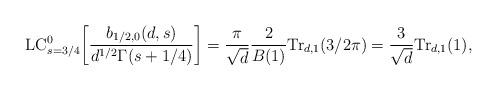
LaTeX: \begin{align*}\mathrm{LC}_{s=3/4}^0 \bigg[\frac{b_{1/2,0}(d,s)}{d^{1/2} \Gamma(s+1/4)}\bigg] = \frac{\pi}{\sqrt{d}} \frac{2}{B(1)} \mathrm{Tr}_{d,1}(3/2\pi) = \frac{3}{\sqrt{d}} \mathrm{Tr}_{d,1}(1),\end{align*}